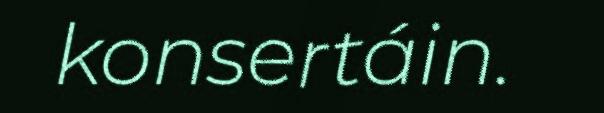
konsertáin.